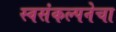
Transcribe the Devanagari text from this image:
स्वसंकल्पनेचा